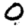
Digit: 0